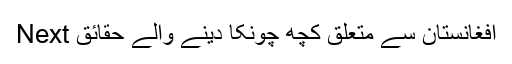
Next افغانستان سے متعلق کچھ چونکا دینے والے حقائق